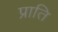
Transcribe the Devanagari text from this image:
प्राति